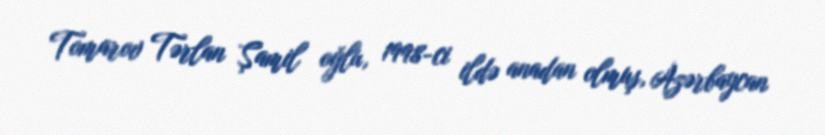
Tomarov Tərlan Şamil oğlu, 1998-ci ildə anadan olmuş, Azərbaycan